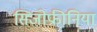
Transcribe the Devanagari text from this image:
सिजोफ्रीनिया